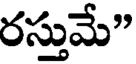
రస్తుమే"